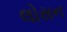
લોસન